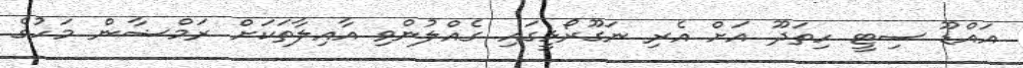
އައްޑޫ ސިޓީ ހިތަދޫ އަށް އެރި ނަގޫރޯޅީގައި ގެއްލުންވި އާއިލާތަކަށް ރަމްޟާން މަހުގެ